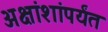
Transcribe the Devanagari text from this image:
अक्षांशांपर्यंत